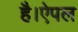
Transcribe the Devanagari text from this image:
है।ऐपल